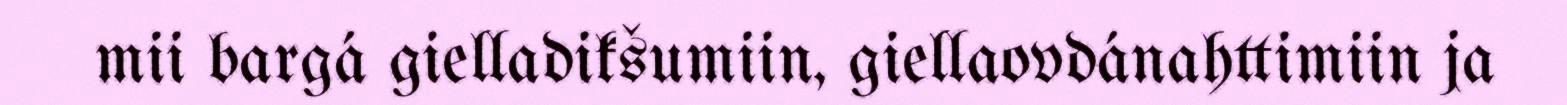
mii bargá gielladikšumiin, giellaovdánahttimiin ja